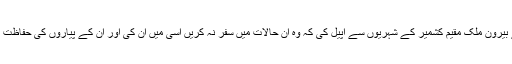
وزیر اعظم نے بیرون ملک مقیم کشمیر کے شہریوں سے اپیل کی کہ وہ ان حالات میں سفر نہ کریں اسی میں ان کی اور ان کے پیاروں کی حفاظت اور بہتری ہے۔